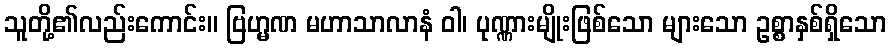
သူတို့၏လည်းကောင်း။ ဗြဟ္မဏ မဟာသာလာနံ ဝါ၊ ပုဏ္ဏားမျိုးဖြစ်သော များသော ဥစ္စာနှစ်ရှိသော